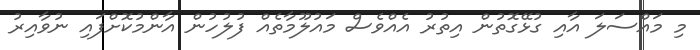
މި މައްސަލަ އާއި ގުޅޭގޮތުން އިތުރު އެއްވެސް މައުލޫމާތެއް ފުލުހުން އާންމުކޮށްފައި ނުވާއިރު